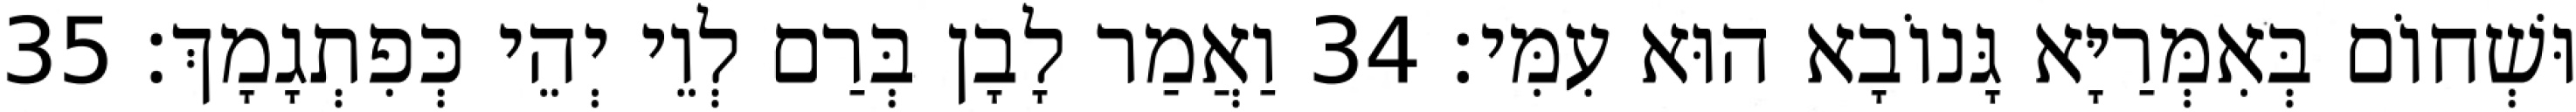
וּשְׁחוֹם בְּאִמְּרַיָּא גָּנוֹבָא הוּא עִמִּי׃ 34 וַאֲמַר לָבָן בְּרַם לְוֵי יְהֵי כְּפִתְגָמָךְ׃ 35